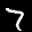
Label: 7